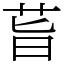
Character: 𦮂